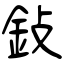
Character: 鈙